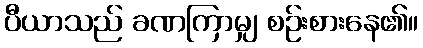
ပီယာသည် ခဏကြာမျှ စဉ်းစားနေ၏။